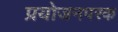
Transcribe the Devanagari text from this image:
प्रयोजनपरक